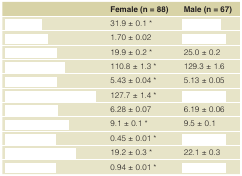
<table><thead><tr><td>[EMPTY_CELL]</td><td><b>Female (n = 88)</b></td><td><b>Male (n = 67)</b></td></tr></thead><tbody><tr><td>[EMPTY_CELL]</td><td>31.9 ± 0.1 *</td><td>[EMPTY_CELL]</td></tr><tr><td>[EMPTY_CELL]</td><td>1.70 ± 0.02</td><td>[EMPTY_CELL]</td></tr><tr><td>[EMPTY_CELL]</td><td>19.9 ± 0.2 *</td><td>25.0 ± 0.2</td></tr><tr><td>[EMPTY_CELL]</td><td>110.8 ± 1.3 *</td><td>129.3 ± 1.6</td></tr><tr><td>[EMPTY_CELL]</td><td>5.43 ± 0.04 *</td><td>5.13 ± 0.05</td></tr><tr><td>[EMPTY_CELL]</td><td>127.7 ± 1.4 *</td><td>[EMPTY_CELL]</td></tr><tr><td>[EMPTY_CELL]</td><td>6.28 ± 0.07</td><td>6.19 ± 0.06</td></tr><tr><td>[EMPTY_CELL]</td><td>9.1 ± 0.1 *</td><td>9.5 ± 0.1</td></tr><tr><td>[EMPTY_CELL]</td><td>0.45 ± 0.01 *</td><td>[EMPTY_CELL]</td></tr><tr><td>[EMPTY_CELL]</td><td>19.2 ± 0.3 *</td><td>22.1 ± 0.3</td></tr><tr><td>[EMPTY_CELL]</td><td>0.94 ± 0.01 *</td><td>[EMPTY_CELL]</td></tr></tbody></table>